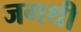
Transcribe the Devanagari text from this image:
जगथी